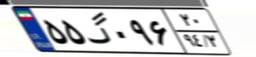
۵۵گ۰۹۶۲۰